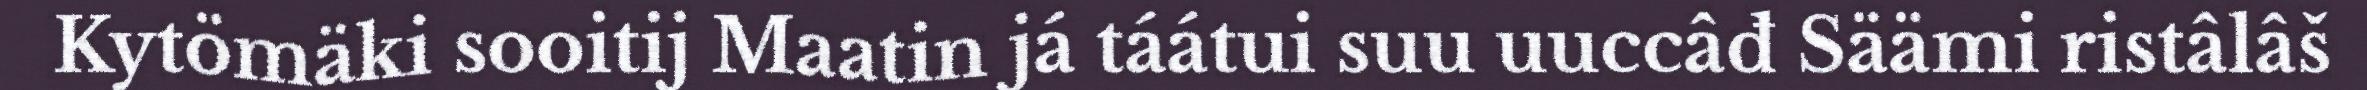
Kytömäki sooitij Maatin já táátui suu uuccâđ Säämi ristâlâš